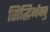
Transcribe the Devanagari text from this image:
सिद्धिर्भवतु